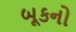
બૂકનો